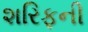
શરિફની